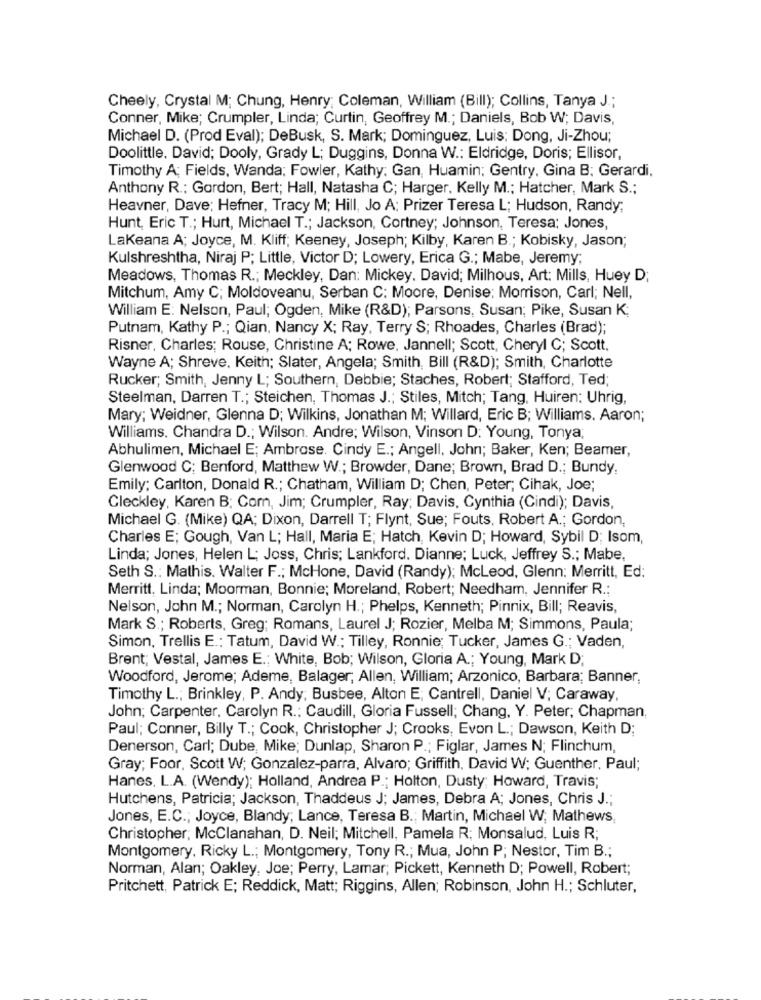
Cheely, Crystal M; Chung, Henry; Coleman, William (Bill); Collins, Tanya J .;
Conner, Mike; Crumpler, Linda; Curtin, Geoffrey M .; Daniels, Bob W; Davis,
Michael D. (Prod Eval); DeBusk, S. Mark; Dominguez, Luis: Dong, Ji-Zhou;
Doolittle. David; Dooly, Grady L; Duggins, Donna W .: Eldridge, Doris; Ellisor,
Timothy A; Fields, Wanda; Fowler, Kathy: Gan, Huamin; Gentry, Gina B; Gerardi.
Anthony R .: Gordon, Bert; Hall, Natasha C; Harger. Kelly M .; Hatcher, Mark S .;
Heavner, Dave; Hefner, Tracy M; Hill, Jo A: Prizer Teresa L; Hudson, Randy:
Hunt, Eric T .; Hurt, Michael T .; Jackson, Cortney; Johnson, Teresa; Jones,
Lakeana A; Joyce, M. Kliff; Keeney, Joseph; Kilby, Karen B .; Kobisky, Jason;
Kulshreshtha, Niraj P; Little, Victor D; Lowery, Erica G .; Mabe, Jeremy;
Meadows, Thomas R .; Meckley, Dan: Mickey. David; Milhous, Art: Mills, Huey D;
Mitchum, Amy C; Moldoveanu, Serban C: Moore, Denise: Morrison, Carl; Nell,
William E: Nelson, Paul; Ogden, Mike (R&D); Parsons, Susan; Pike, Susan K;
Putnam, Kathy P .; Qian, Nancy X; Ray, Terry S; Rhoades, Charles (Brad);
Risner, Charles; Rouse, Christine A; Rowe, Jannell; Scott, Cheryl C; Scott.
Wayne A; Shreve, Keith; Slater, Angela; Smith, Bill (R&D); Smith, Charlotte
Rucker; Smith, Jenny L; Southern, Debbie; Staches, Robert; Stafford, Ted;
Steelman, Darren T .; Steichen, Thomas J .; Stiles, Mitch; Tang, Huiren: Uhrig,
Mary; Weidner, Glenna D; Wilkins, Jonathan M; Willard, Eric B; Williams. Aaron;
Williams. Chandra D .; Wilson. Andre; Wilson, Vinson D: Young, Tonya
Abhulimen, Michael E; Ambrose. Cindy E .; Angell, John; Baker, Ken; Beamer,
Glenwood C; Benford, Matthew W .; Browder, Dane; Brown, Brad D .; Bundy,
Emily: Carlton, Donald R .; Chatham, William D; Chen, Peter; Cihak, Joe;
Cleckley, Karen B; Com, Jim; Crumpler, Ray; Davis, Cynthia (Cindi); Davis,
Michael G. (Mike) QA; Dixon, Darrell T; Flynt, Sue; Fouts, Robert A .; Gordon,
Charles E; Gough, Van L; Hall, Maria E; Hatch, Kevin D; Howard, Sybil D; Isom,
Linda; Jones, Helen L; Joss, Chris; Lankford. Dianne; Luck, Jeffrey S .; Mabe,
Seth S .: Mathis. Walter F .; McHone, David (Randy); McLeod, Glenn: Merritt, Ed:
Merritt. Linda; Moorman, Bonnie; Moreland, Robert; Needham, Jennifer R .:
Nelson, John M .; Norman, Carolyn H .; Phelps, Kenneth; Pinnix, Bill; Reavis,
Mark S .; Roberts, Greg: Romans, Laurel J; Rozier, Melba M; Simmons, Paula;
Simon, Trellis E .: Tatum, David W .; Tilley, Ronnie; Tucker, James G .; Vaden,
Brent; Vestal, James E .; White, Bob; Wilson, Gloria A .; Young, Mark D;
Woodford, Jerome; Ademe, Balager, Allen, William; Arzonico, Barbara; Banner,
Timothy L .; Brinkley, P. Andy; Busbee, Alton E; Cantrell, Daniel V; Caraway,
John; Carpenter, Carolyn R .: Caudill, Gloria Fussell; Chang, Y. Peter; Chapman,
Paul; Conner, Billy T .; Cook, Christopher J; Crooks, Evon L .; Dawson, Keith D;
Denerson, Carl; Dube, Mike; Dunlap, Sharon P .; Figlar, James N; Flinchum,
Gray; Foor, Scott W; Gonzalez-parra, Alvaro; Griffith, David W; Guenther, Paul;
Hanes, L.A. (Wendy); Holland, Andrea P .; Holton, Dusty; Howard, Travis;
Hutchens, Patricia; Jackson, Thaddeus J; James, Debra A; Jones, Chris J .;
Jones, E.C .; Joyce, Blandy; Lance, Teresa B .; Martin, Michael W; Mathews,
Christopher; McClanahan, D. Neil; Mitchell, Pamela R; Monsalud, Luis R;
Montgomery, Ricky L .; Montgomery, Tony R .; Mua, John P; Nestor, Tim B .;
Norman, Alan; Oakley, Joe; Perry, Lamar; Pickett, Kenneth D; Powell, Robert;
Pritchett, Patrick E; Reddick, Matt; Riggins, Allen; Robinson, John H .; Schluter,